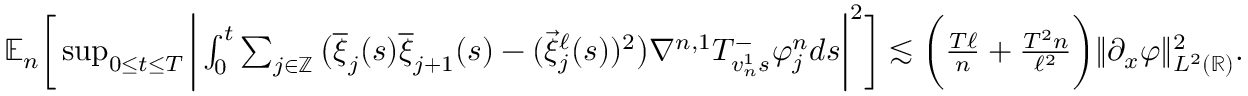
\begin{array} { r } { \mathbb { E } _ { n } \bigg [ \operatorname* { s u p } _ { 0 \le t \le T } \bigg | \int _ { 0 } ^ { t } \sum _ { j \in \mathbb { Z } } \big ( \overline { { \xi } } _ { j } ( s ) \overline { { \xi } } _ { j + 1 } ( s ) - ( \overrightarrow { \xi } _ { j } ^ { \ell } ( s ) ) ^ { 2 } \big ) \nabla ^ { n , 1 } T _ { v _ { n } ^ { 1 } s } ^ { - } \varphi _ { j } ^ { n } d s \bigg | ^ { 2 } \bigg ] \lesssim \bigg ( \frac { T \ell } { n } + \frac { T ^ { 2 } n } { \ell ^ { 2 } } \bigg ) \| \partial _ { x } \varphi \| _ { L ^ { 2 } ( \mathbb { R } ) } ^ { 2 } . } \end{array}